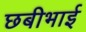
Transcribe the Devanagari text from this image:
छबीभाई